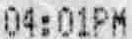
04:01PM